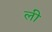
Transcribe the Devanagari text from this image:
ली